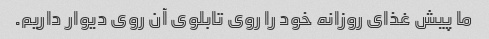
ما پیش غذای روزانه خود را روی تابلوی آن روی دیوار داریم.